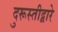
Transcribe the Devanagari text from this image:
दुरूस्तीद्वारे